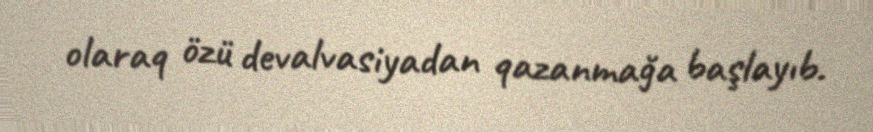
olaraq özü devalvasiyadan qazanmağa başlayıb.